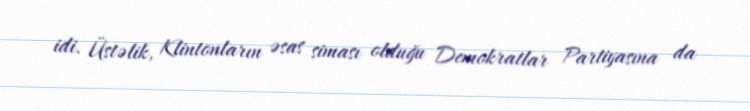
idi. Üstəlik, Klintonların əsas siması olduğu Demokratlar Partiyasına da